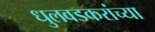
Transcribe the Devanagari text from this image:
धुलवडकरांच्या